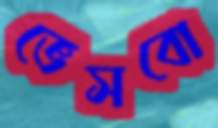
ভেসবো